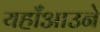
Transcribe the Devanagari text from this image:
यहाँआउने